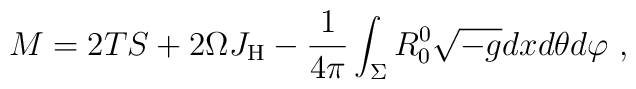
M=2TS +2\Omega J_{\rm H} - \frac{1}{4 \pi } \int_\Sigma R_0^0 \sqrt{-g} dx d\theta d\varphi\ ,